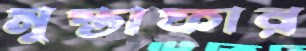
মুস্তাফার